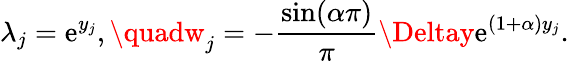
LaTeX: \lambda_{j}=\mathrm{e}^{y_{j}},\quadw_{j}=-\frac{{\sin(\alpha\pi)}}{{\pi}}\Deltay\mathrm{e}^{(1+\alpha)y_{j}}.